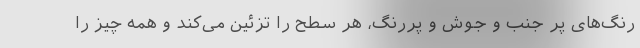
رنگ‌های پر جنب و جوش و پررنگ، هر سطح را تزئین می‌کند و همه چیز را